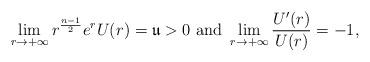
LaTeX: \begin{align*} \lim_{r\to+\infty} r^{\frac{n-1}{2}}e^{r} U (r)=\mathfrak u >0\ \hbox{and}\ \lim_{r\to+\infty}\frac{U'(r)}{U(r)}=-1,\end{align*}